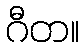
ဂီတ။